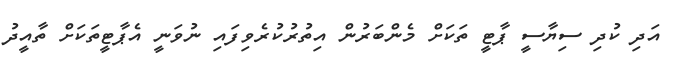
އަދި ކުދި ސިޔާސީ ޕާޓީ ތަކަށް މެންބަރުން އިތުރުކުރެވިފައި ނުވަނީ އެޕާޓީތަކަށް ތާއީދު